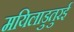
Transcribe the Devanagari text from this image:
मयिलाडुतुरई